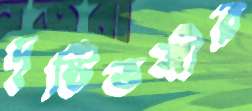
দৃষ্টিভঙ্গীর